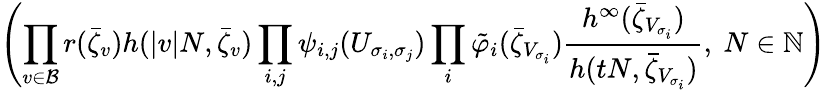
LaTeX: \left(\prod_{v\in\cal B}r(\bar{\zeta}_{v}){h(|v|N,\bar{\zeta}_{v})}\prod_{i,j}\psi_{i,j}(U_{\sigma_{i},\sigma_{j}})\prod_{i}\tilde{\varphi}_{i}(\bar{\zeta}_{V_{\sigma_{i}}}){\frac{h^{\infty}(\bar{\zeta}_{V_{\sigma_{i}}})}{h(tN,\bar{\zeta}_{V_{\sigma_{i}}})}},\ N\in\mathbb{N}\right)